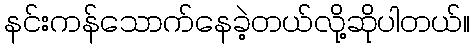
နင်းကန်သောက်နေခဲ့တယ်လို့ဆိုပါတယ်။